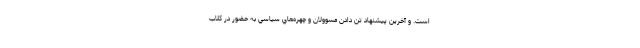
است. و آخرين پيشنهاد تن دادن مسوولان و چهره‌هاي سياسي به حضور در كلاب